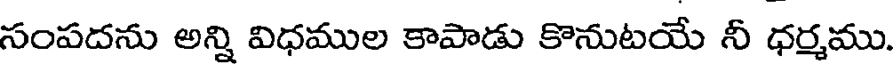
సంపదను అన్ని విధముల కాపాడు కొనుటయే నీ ధర్మము.